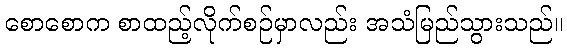
စောစောက စာထည့်လိုက်စဉ်မှာလည်း အသံမြည်သွားသည်။